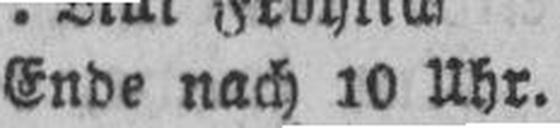
Ende nach 10 Uhr.